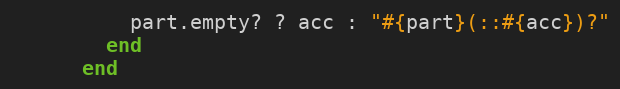
Language: Ruby
          part.empty? ? acc : "#{part}(::#{acc})?"
        end
      end